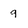
Character: 9